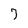
Character: 7